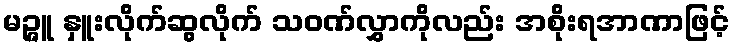
မဉ္ဇူ နှူးလိုက်ဆွလိုက် သဝဏ်လွှာကိုလည်း အစိုးရအာဏာဖြင့်